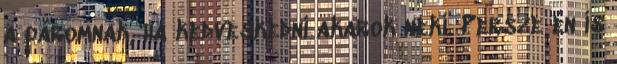
a páromnak, ha kedveskedni akarok neki. Persze én is